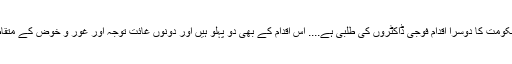
پنجاب حکومت کا دوسرا اقدام فوجی ڈاکٹروں کی طلبی ہے.... اس اقدام کے بھی دو پہلو ہیں اور دونوں غائت توجہ اور غور و خوض کے متقاضی ہیں۔